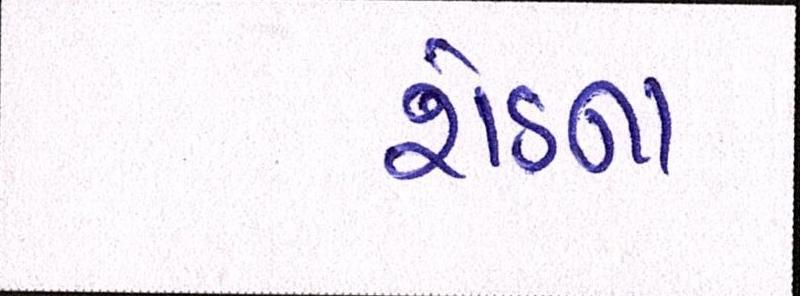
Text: શેડના